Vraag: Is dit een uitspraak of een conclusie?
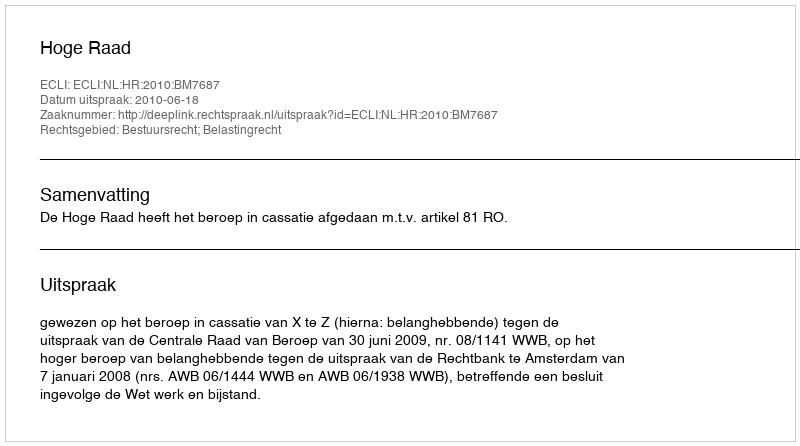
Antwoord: Uitspraak